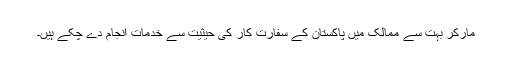
مارکر بہت سے ممالک میں پاکستان کے سفارت کار کی حیثیت سے خدمات انجام دے چکے ہیں۔